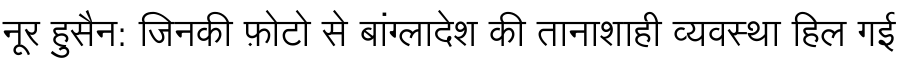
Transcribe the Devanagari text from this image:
नूर हुसैन: जिनकी फ़ोटो से बांग्लादेश की तानाशाही व्यवस्था हिल गई